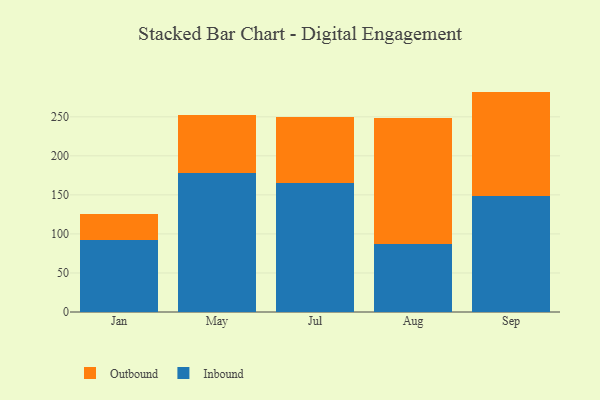
{"axis": {"x": "Month", "y": "Backlog"}, "legend": ["Inbound", "Outbound"], "data": [{"x": "Jan", "y": 92.5, "type": "Inbound"}, {"x": "Jan", "y": 33.1, "type": "Outbound"}, {"x": "May", "y": 177.8, "type": "Inbound"}, {"x": "May", "y": 74.9, "type": "Outbound"}, {"x": "Jul", "y": 164.9, "type": "Inbound"}, {"x": "Jul", "y": 84.4, "type": "Outbound"}, {"x": "Aug", "y": 87.2, "type": "Inbound"}, {"x": "Aug", "y": 161.1, "type": "Outbound"}, {"x": "Sep", "y": 148.9, "type": "Inbound"}, {"x": "Sep", "y": 133.4, "type": "Outbound"}]}